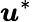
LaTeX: \boldsymbol{\mathit{u}}^{*}